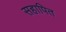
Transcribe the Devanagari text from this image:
सहापित